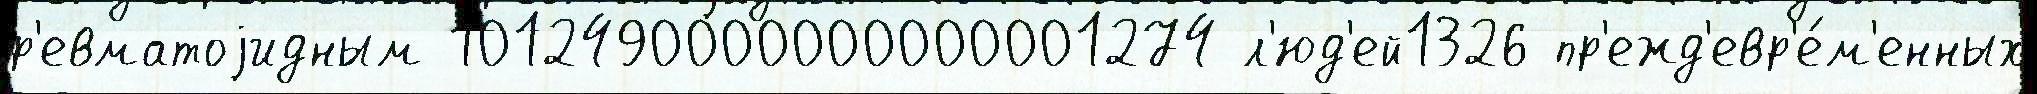
р'евматоjидным 1012490000000000001274 л'юд'ей1326 пр'ежд'евр'е́м'енных